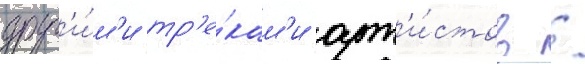
друг'и́м'и тр'е́кам'и арт'и́стов /